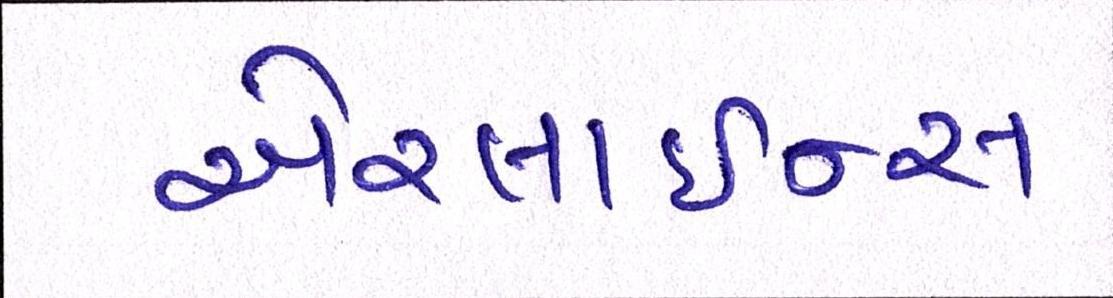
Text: એરલાઇન્સ